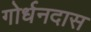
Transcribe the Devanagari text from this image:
गोर्धनदास